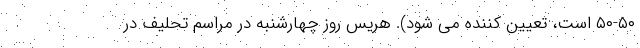
۵۰-۵۰ است، تعیین کننده می شود). هریس روز چهارشنبه در مراسم تحلیف در